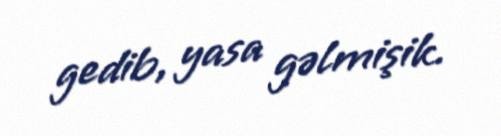
gedib, yasa gəlmişik.